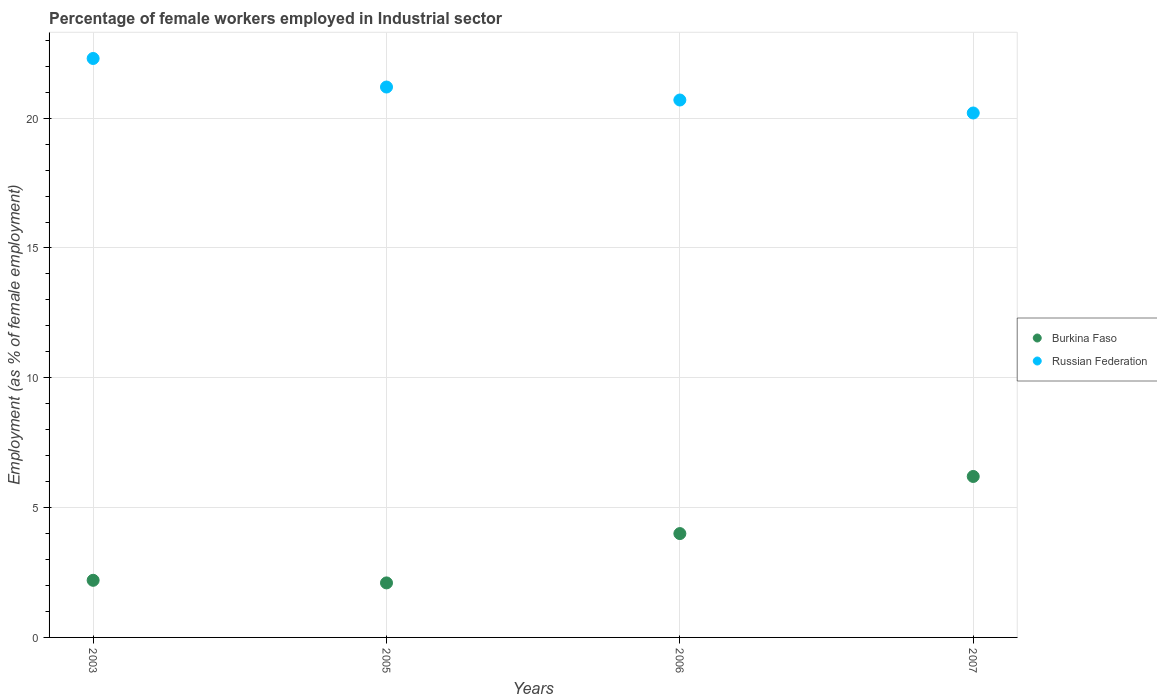
| Years | Burkina Faso | Russian Federation |
 | --- | --- | --- |
 | 2003 | 2.2 | 22.3 |
 | 2005 | 2.1 | 21.2 |
 | 2006 | 4 | 20.7 |
 | 2007 | 6.2 | 20.2 |